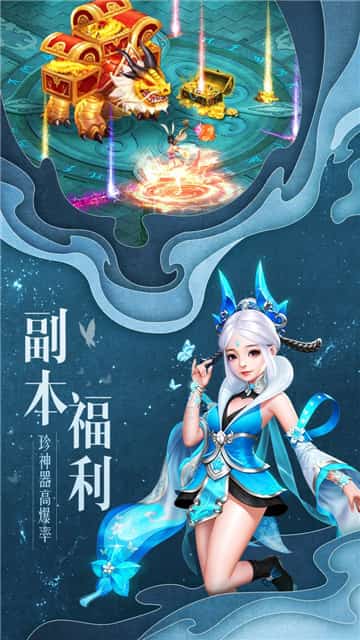
同天下之利者，则得天下擅天下之利者，则失天下。